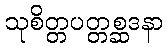
သုစိတ္တပတ္တစ္ဆဒနာ